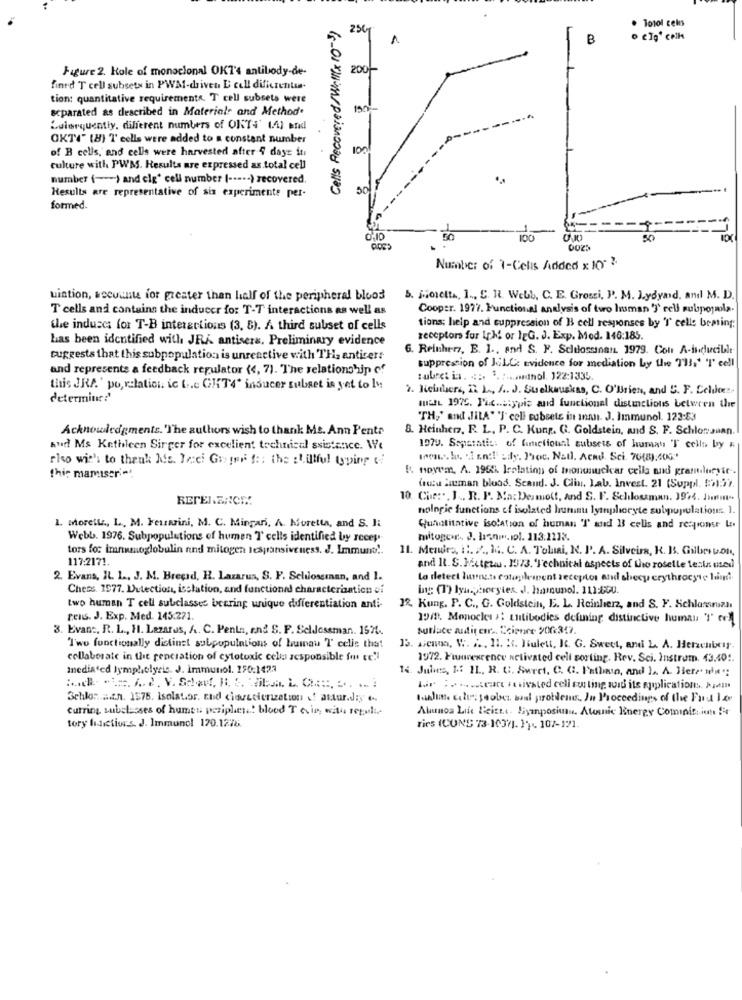
. Totol cels
Cells Recovered /Well(x 10-3)
25C
B
Figure 2. Kole of monoclonal OK7'4 antibody-de-
200-
fined T cell subsets in PWM-driven E cell dificrentas.
tion: quantitative requirements. T cell subsets were
scparated as described in Materiale and Method
Lulorquently, different numbers of ONTs' (.4] Bradl
OKTA" (8) T' cells were added to a constant number
of B cells, and cells were harvested after 4 days in
culture with PWM. Results are expressed as total cell
number ( --- ) and elg' cell number ( ----- ) recovered.
...
50
Results are representative of six experimente per-
formed.
100
50
Number of 7-Celis Added x 10"
uintion, secuante for greater than half of the peripheral blood
5. Joretta, 1 ., S. R. Webb, C. E. Grossi, P. M. Lydyard, and M. D.
T cells and contains the inducer for T-T interactions as well as
Cooper. 1977. Functional analysis of two Insman '3' rell subpopmola.
tions; help and suppression of B cell responses by 'I' celle beming:
the induscs for T-B interactions (3, 8). A third subset of cells
has been identified with JRA antisera. Preliminary evidence
receptors for Iphi or IgG. J. Exp. Mod. 146:185.
G. Reinherz, B. I ., And S. F. Schdossinan 1979. Con A-inducible
suggests that this subpopulation is unreactive with TH, anticert
and represents a feedback regulator (4, 7). The relationship of
suppression of Jill: evidence for mediation by the 71 !. ' 'I' cell
:ubret ins. .::. 3. :.... nol. 122:1335.
this JRA' po, relation. ic ( .. e GHT4" inducer subset is yet to Is
2. Iicinbere, R. L ., S .. J. Stelkauskas, C. O'brien, and S. F. Celoz.
determine ?'
matL 1925. Pic .... ypic and functional distinctions between the
"TH,' and JILA" 'I' cell subsets in innn. J. Immunol. 123:83
Acknowledgments. "The authors wish to thank Ms. Ann Pente
8. Heinherz, R. L. P. C. Kung. G. Goldstein, and S. F. Schlonauan.
Rud Ms Kathleen Sirger for excelient technical ssistance. We
1979. Separatis: of functiousl subsets of humay T cells by &
riso wie's to thank Is. Je:ci Grepor f :: the stillful typing ti
& novem, A. 1965. Irelation of mononuclear cells and grantduryir -.
this mamiseri **
(ou liman blood. Scand. J. Clin. Lab. Invest. 21 (Suppl. ML)").
REPELENICHT
10. Chr:", J ., R. P. Ma: Dermott, and S. F. Schlouman. 1974. Jomm ..
nologie functions of isolated huninu lymphocyte subpopulations 1.
1. Morette, L, M. Feusrini, M. C. Mingari, A. Koretta, and S. Ii
Quantitative isolation of human T and 18 cells and response Le
Webb. 1976. Subpopulations of human T' cells identified by recep
mitogor. J. Isno.1ol. 113.1213.
tors for immunoglobulin and mitogen lespansiveness. J. Immuno !.
11. Mendra, it. / ., I. C. A. Tolnai, N. P. A. Silveira, K. B. GilbertoI,
117:2171.
and It. S. Mister. 1973. "Technical aspects of the roselle lexix med
2. Evans, IL. 1 ., J. M. Bregrd, H. Lazarus, S. F. Selilosernan, and I.
to detect lurte cotuplement receptor and shecy erythrocyte lind.
Chets. 1977. Dutection, isolation, and functional characterization ei
ing: (1) lyu. pocytes. J. hamunol. 111:800.
two human T cell subclasses bearing unique differentiation anti-
12. Kung. P. C ., G. Goldstein, E. L. Reinherz, and S. F. Schlossnuan
tens. J. Exp. Med. 145.271.
19/9. Monocles #: Luttibodies defining distinctive human 'I' ce)
3. Evan :, R. L ., H. Lazarus, A. C. Penta, end S. F. Seldoseman. 1571.
surlace audit err .. Ccionre 200:347
Two functionally distinct subpopulations of humau T' celis that
15. Aicama, V. ... 11. 3. Julett, K. G. Sweet, and L. A. Herzcuixir.
collaborate in the renciation of cytotoxic celu responsible for tel
1972. Fluorescence activated cell sorting. Rev. Sci. Instram. 43.401.
Inedia'cd lympholyric. J. Immunol. 250.1423
14. Julies, 1: 11 .. R. C. Surei. C. C. F'sthata, and la A. Here'sa:
lur :. ... tere Fusivsted cell eusting soit its applications. »
Schlor : n. 1575, isolator. and ciorecienization of asturdy e.
tulum color: yeober bal problems. In Proceedings of the Fud Ite
curring subclasses of humes periphene blood T ein with regulte
Alumnos Litt Beictt. Syanpositu. Atomic Energy Cominiti ion fit
tory lidictions. J. Immunol 170.1278.
ries (CONS 73-1037). }) .. 107-171.